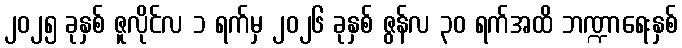
၂၀၂၅ ခုနှစ် ဇူလိုင်လ ၁ ရက်မှ ၂၀၂၆ ခုနှစ် ဇွန်လ ၃၀ ရက်အထိ ဘဏ္ဍာရေးနှစ်